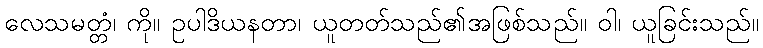
လေသမတ္တံ၊ ကို။ ဥပါဒိယနတာ၊ ယူတတ်သည်၏အဖြစ်သည်။ ဝါ၊ ယူခြင်းသည်။